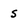
Character: s